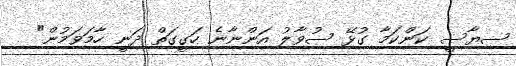
ސިޔާސީ ކަންކަމާ ގުޅޭ ސުވާލު އަންނާނެ ހަގީގަތް ދަނީ ހާމަވަމުން"